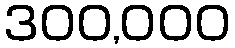
300,000